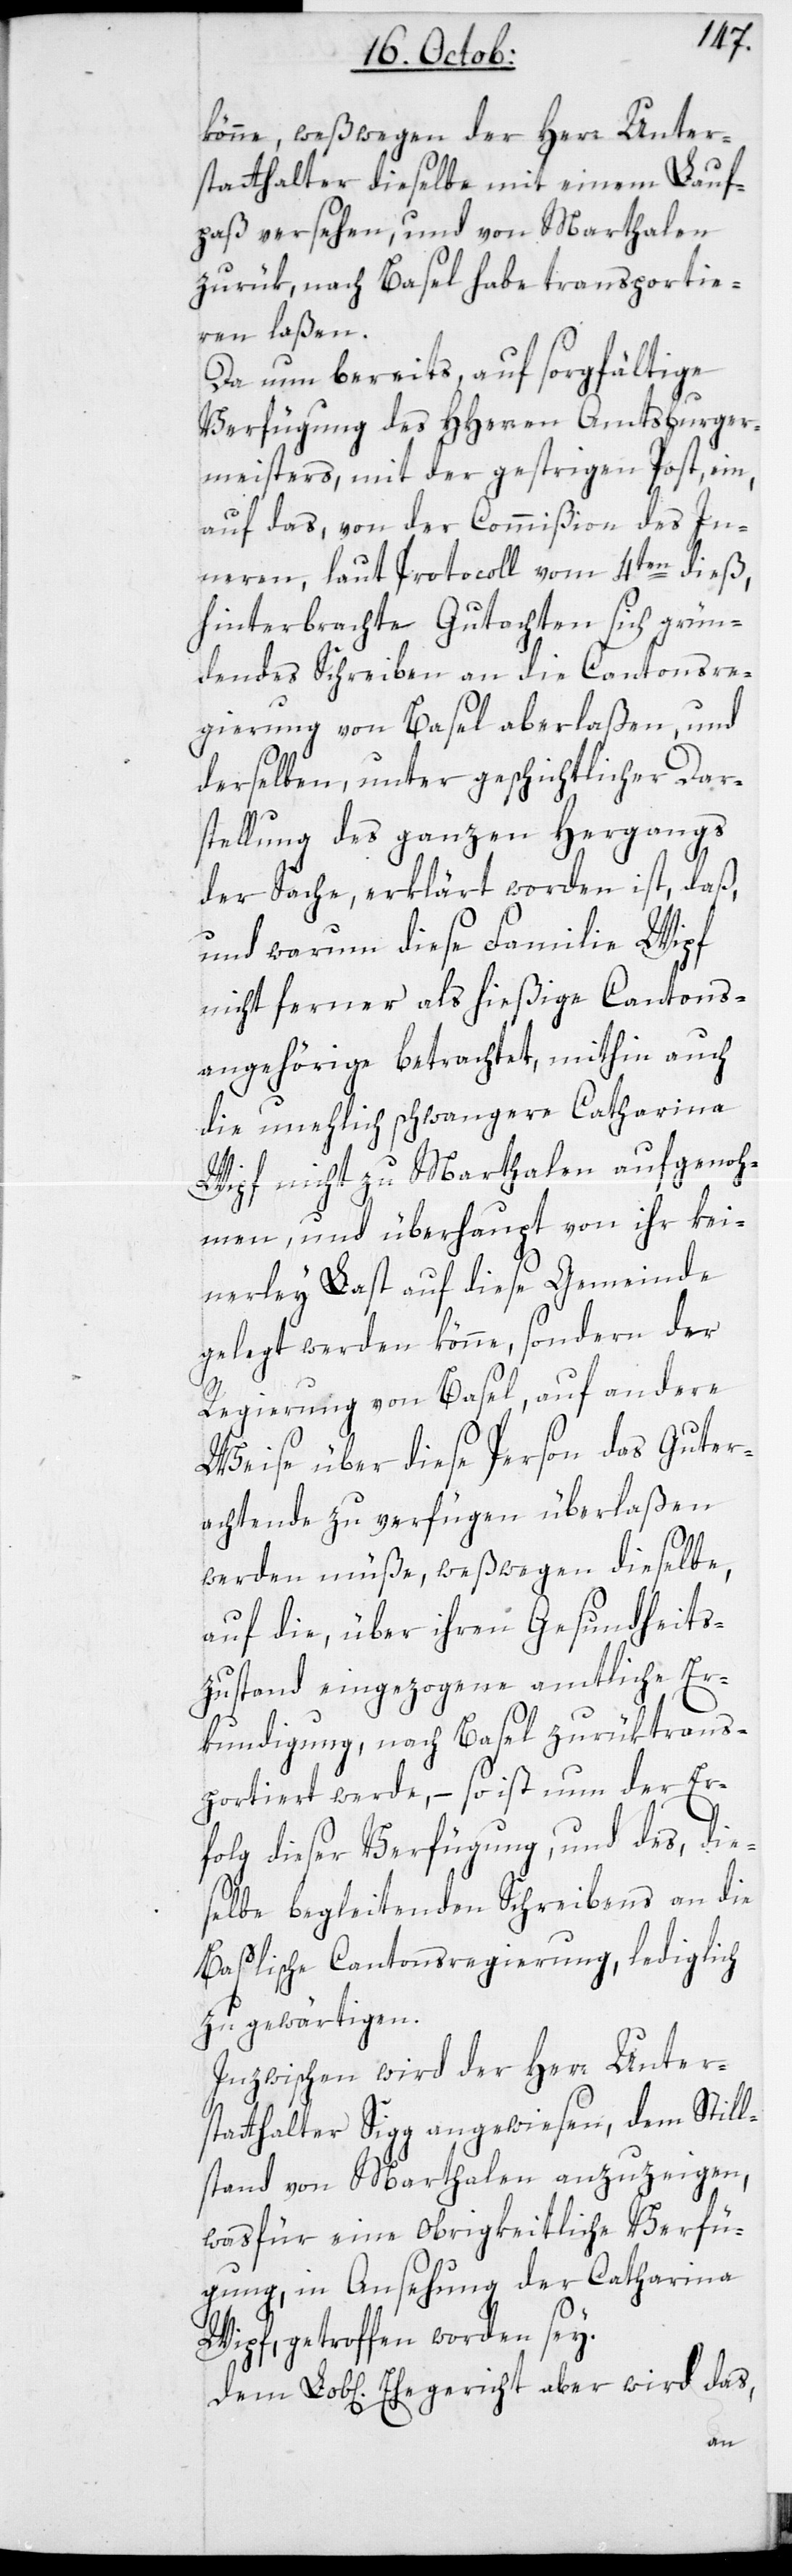
könne, weßwegen der Herr Unter¬
statthalter dieselbe mit einem Lauf¬
paß versehen, und von Marthalen
zurük, nach Basel habe transportie¬
ren laßen.
Da nun bereits, auf sorgfältige
Verfügung des HHerren Amtsburger¬
meisters, mit der gestrigen Post, ein
auf das von der Commißion des In¬
nern, laut Protocoll vom 4ten dieß,
hinterbrachte Gutachten sich grün¬
dendes Schreiben an die Cantonsre¬
gierung von Basel aberlaßen, und
derselben, unter geschichtlicher Dar¬
stellung des ganzen Hergangs
der Sache erklärt worden ist, daß,
und warum diese Familie Wipf
nicht ferner als hießige Cantons¬
angehörige betrachtet, mithin auch
die unehlich schwangere Catharina
Wipf nicht zu Marthalen aufgenoh¬
men, und überhaupt von ihr kei¬
nerley Last auf diese Gemeinde
gelegt werden könne, sondern der
Regierung von Basel, auf andere
Weise über diese Person das gut Er¬
achtende zu verfügen überlaßen
werden müße, weßwegen dieselbe,
auf die über ihren Gesundheit¬
s-Zustand eingezogene amtliche Er¬
kundigung, nach Basel zurüktrans¬
portiert werde, – so ist nun der Er¬
folg dieser Verfügung und des, die¬
selbe begleitenden Schreibens an die
Baslische Cantonsregierung, lediglich
zu gewärtigen.
Inzwischen wird der Herr Unter¬
statthalter Sigg angewiesen, dem Still¬
stand von Marthalen anzuzeigen,
was für eine Obrigkeitliche Verfü¬
gung, in Ansehung der Catharina
Wipf, getroffen worden sey.
Dem Lobl[ichen] Ehegericht aber wird das,